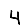
Digit: 4